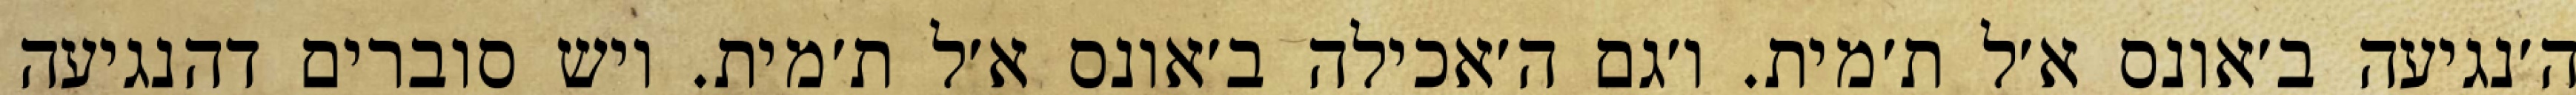
ה׳נגיעה ב׳אונס א׳ל ת׳מית. ו׳גם ה׳אכילה ב׳אונס א׳ל ת׳מית. ויש סוברים דהנגיעה